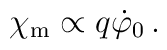
\chi_{\rm m} \propto q \dot{\varphi}_0 \,.